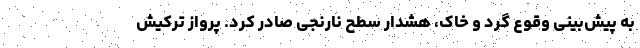
به پیش‌بینی وقوع گرد و خاک، هشدار سطح نارنجی صادر کرد. پرواز ترکیش